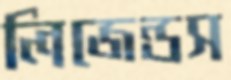
লিজেন্ডস